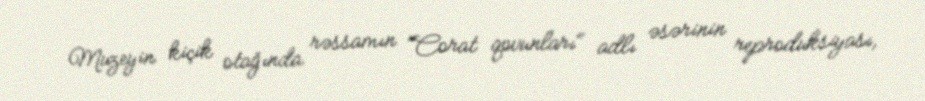
Muzeyin kiçik otağında rəssamın "Corat qovunları" adlı əsərinin reproduksiyası,